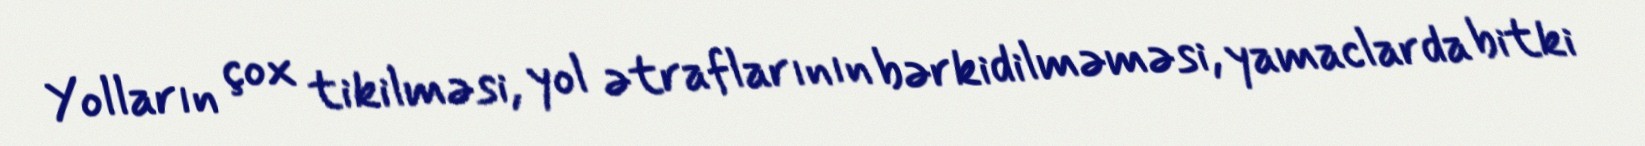
Yolların çox tikilməsi, yol ətraflarının bərkidilməməsi, yamaclarda bitki